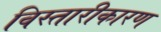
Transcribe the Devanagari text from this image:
विस्तारीकारण